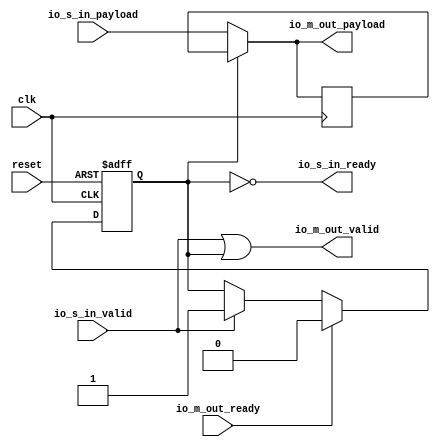
// Generator : SpinalHDL v1.7.0a    git head : 150a9b9067020722818dfb17df4a23ac712a7af8
// Component : streamReg_s2m
// Git hash  : 3a903e741cbbe310a98c75dc1ebbd289cb1c87a4

`timescale 1ns/1ps

module streamReg_s2m (
  input               io_s_in_valid,
  output              io_s_in_ready,
  input      [31:0]   io_s_in_payload,
  output              io_m_out_valid,
  input               io_m_out_ready,
  output     [31:0]   io_m_out_payload,
  input               clk,
  input               reset
);

  wire                io_s_in_s2mPipe_valid;
  wire                io_s_in_s2mPipe_ready;
  wire       [31:0]   io_s_in_s2mPipe_payload;
  reg                 io_s_in_rValid;
  reg        [31:0]   io_s_in_rData;

  assign io_s_in_ready = (! io_s_in_rValid);
  assign io_s_in_s2mPipe_valid = (io_s_in_valid || io_s_in_rValid);
  assign io_s_in_s2mPipe_payload = (io_s_in_rValid ? io_s_in_rData : io_s_in_payload);
  assign io_m_out_valid = io_s_in_s2mPipe_valid;
  assign io_s_in_s2mPipe_ready = io_m_out_ready;
  assign io_m_out_payload = io_s_in_s2mPipe_payload;
  always @(posedge clk or posedge reset) begin
    if(reset) begin
      io_s_in_rValid <= 1'b0;
    end else begin
      if(io_s_in_valid) begin
        io_s_in_rValid <= 1'b1;
      end
      if(io_s_in_s2mPipe_ready) begin
        io_s_in_rValid <= 1'b0;
      end
    end
  end

  always @(posedge clk) begin
    if(io_s_in_ready) begin
      io_s_in_rData <= io_s_in_payload;
    end
  end


endmodule